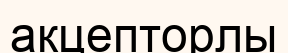
акцепторлы